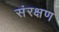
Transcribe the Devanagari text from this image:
संरक्षण